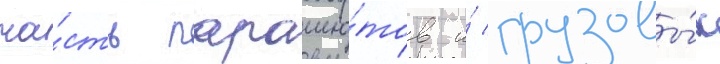
ча́сть парашю́тов и́ грузовы́х